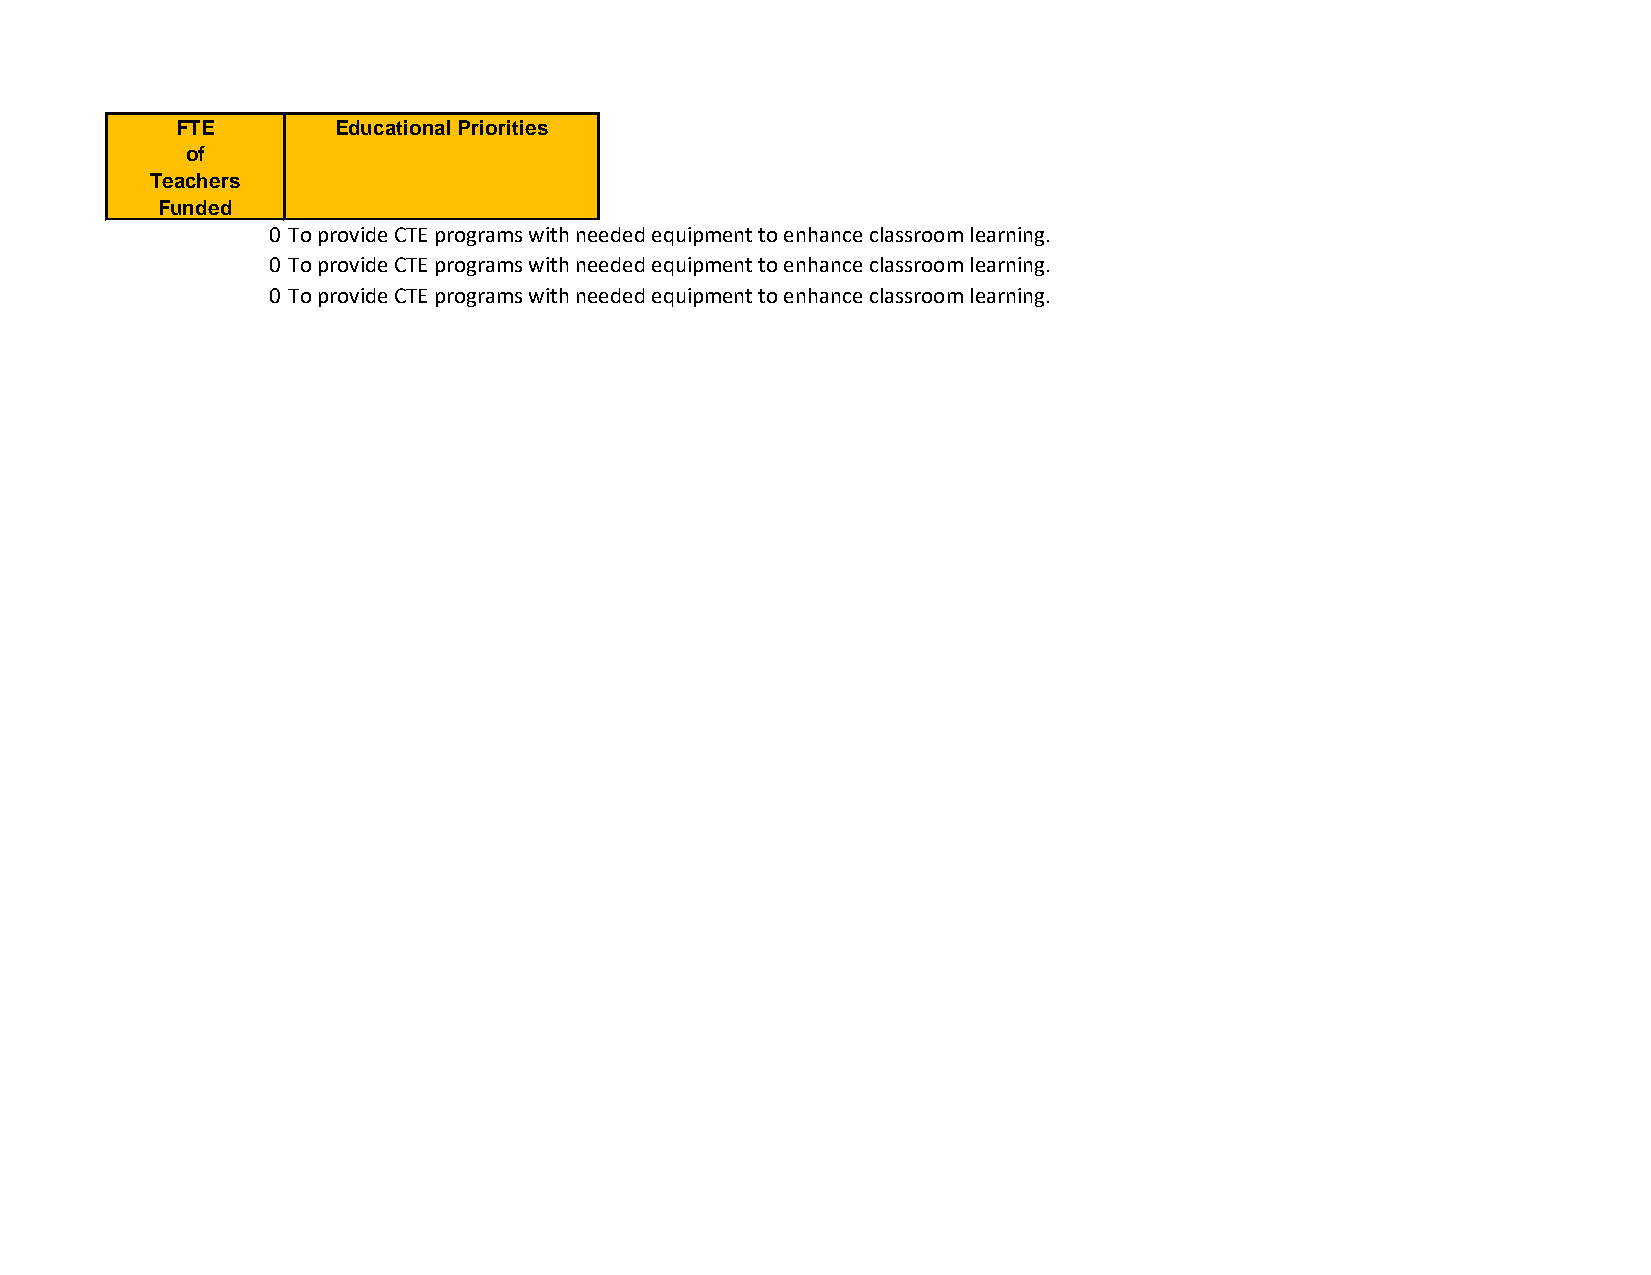
FTE       Educational Priorities
 of
 Teachers
 Funded
 0 To provide CTE programs with needed equipment to enhance classroom learning.
 0 To provide CTE programs with needed equipment to enhance classroom learning.
 0 To provide CTE programs with needed equipment to enhance classroom learning.